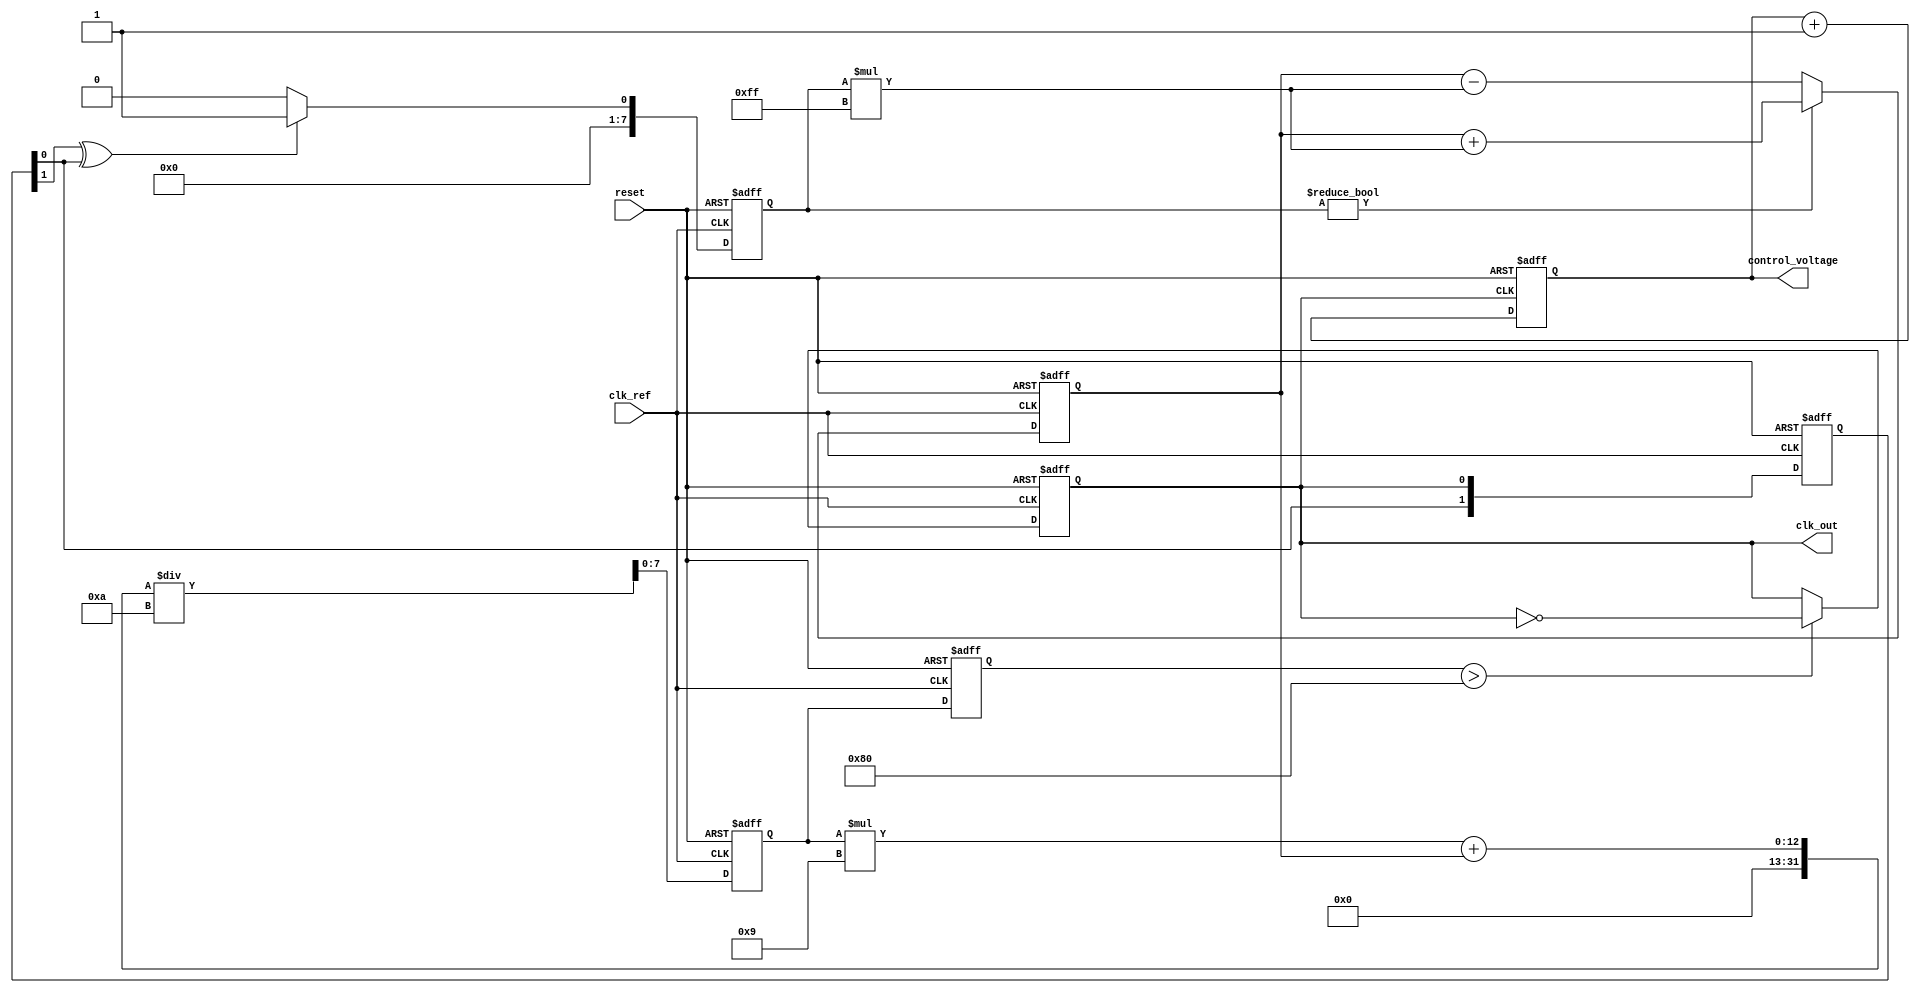
module dual_loop_pll (
    input wire clk_ref,          // Reference clock input
    input wire reset,            // Reset signal
    output reg clk_out,          // Output clock
    output reg [7:0] control_voltage // Control voltage for VCO
);

// Parameters
parameter DIV_RATIO = 4;       // Frequency divider ratio
parameter CP_GAIN = 8'hFF;     // Charge pump gain
parameter LF_TIME_CONST = 8'h0A; // Loop filter time constant

// Internal signals
reg [7:0] phase_error;          // Phase error signal
reg [7:0] charge_pump_output;   // Charge pump output
reg [7:0] loop_filter_output;    // Loop filter output
reg [7:0] vco_frequency;         // VCO frequency control
reg clk_div;                    // Divided clock signal
reg [1:0] state;                // State for phase detector

// Phase Detector (PD)
always @(posedge clk_ref or posedge reset) begin
    if (reset) begin
        state <= 2'b00;
        phase_error <= 8'b0;
    end else begin
        // Simple XOR phase detector
        state <= {state[0], clk_out};
        phase_error <= (state[1] ^ state[0]) ? 8'h01 : 8'h00; // Phase error signal
    end
end

// Charge Pump (CP)
always @(posedge clk_ref or posedge reset) begin
    if (reset) begin
        charge_pump_output <= 8'b0;
    end else begin
        // Charge pump logic
        if (phase_error != 8'b0) begin
            charge_pump_output <= charge_pump_output + (phase_error * CP_GAIN);
        end else begin
            charge_pump_output <= charge_pump_output - (phase_error * CP_GAIN);
        end
    end
end

// Loop Filter (LF)
always @(posedge clk_ref or posedge reset) begin
    if (reset) begin
        loop_filter_output <= 8'b0;
    end else begin
        // Simple first-order low-pass filter
        loop_filter_output <= (loop_filter_output * (LF_TIME_CONST - 1) + charge_pump_output) / LF_TIME_CONST;
    end
end

// Voltage-Controlled Oscillator (VCO)
always @(posedge clk_ref or posedge reset) begin
    if (reset) begin
        vco_frequency <= 8'b0;
        clk_out <= 1'b0;
    end else begin
        // VCO frequency control based on loop filter output
        vco_frequency <= loop_filter_output;
        clk_out <= (vco_frequency > 8'h80) ? ~clk_out : clk_out; // Simple toggle based on frequency
    end
end

// Frequency Divider
always @(posedge clk_out or posedge reset) begin
    if (reset) begin
        control_voltage <= 8'b0;
    end else begin
        // Frequency division
        if (clk_out) begin
            control_voltage <= control_voltage + 1;
        end
    end
end

endmodule